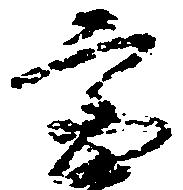
宮